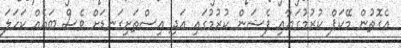
އެގޮތުން މޭކަޕް ކުރުމުގަޔާއި ފެޝަން ކުރުމުގައި އަދި އިސްތަށިގަނޑަށް ވެސް ބައެއް ކަހަލަ